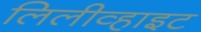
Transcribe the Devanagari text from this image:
लिलीव्हाइट